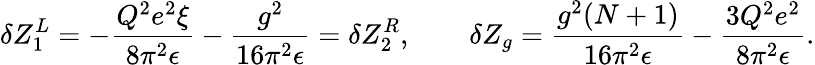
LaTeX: \delta Z_{1}^{L}=-\frac{Q^{2}e^{2}\xi}{8\pi^{2}\epsilon}-\frac{g^{2}}{16\pi^{2}\epsilon}=\delta Z_{2}^{R},\qquad\delta Z_{g}=\frac{g^{2}(N+1)}{16\pi^{2}\epsilon}-\frac{3Q^{2}e^{2}}{8\pi^{2}\epsilon}.